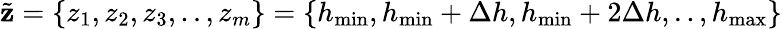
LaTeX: \tilde{\mathbf{z}}=\{ z_{1},z_{2},z_{3},..,z_{m}\} =\{ h_{\operatorname*{min}},h_{\operatorname*{min}}+\Delta h,h_{\operatorname*{min}}+2\Delta h,..,h_{\operatorname*{max}}\}